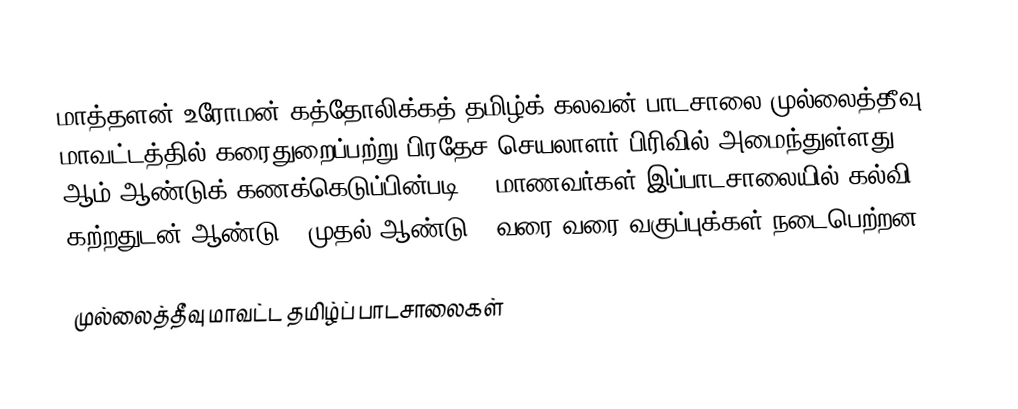
மாத்தளன் உரோமன் கத்தோலிக்கத் தமிழ்க் கலவன் பாடசாலை முல்லைத்தீவு மாவட்டத்தில் கரைதுறைப்பற்று பிரதேச செயலாளர் பிரிவில் அமைந்துள்ளது. 2005 ஆம் ஆண்டுக் கணக்கெடுப்பின்படி 70 மாணவர்கள் இப்பாடசாலையில் கல்வி கற்றதுடன் ஆண்டு 1 முதல் ஆண்டு 6 வரை வரை வகுப்புக்கள் நடைபெற்றன.

முல்லைத்தீவு மாவட்ட தமிழ்ப் பாடசாலைகள்